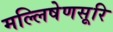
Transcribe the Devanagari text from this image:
मल्लिषेणसूरि